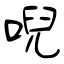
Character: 唲